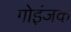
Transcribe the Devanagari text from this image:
गोइंजक